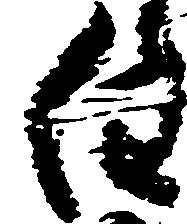
白